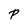
Character: P